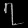
Digit: ၇